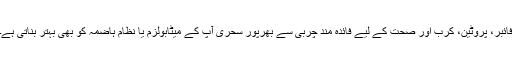
فائبر، پروٹین، کرب اور صحت کے لیے فائدہ مند چربی سے بھرپور سحری آپ کے میٹابولزم یا نظام ہاضمہ کو بھی بہتر بناتی ہے۔